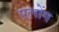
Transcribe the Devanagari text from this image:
एलोंग